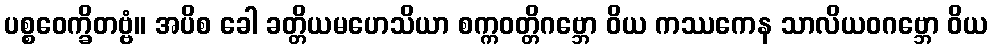
ပစ္စဝေက္ခိတဗ္ဗံ။ အပိစ ခေါ ခတ္တိယမဟေသိယာ စက္ကဝတ္တိဂဗ္ဘော ဝိယ ကဿကေန သာလိယဝဂဗ္ဘော ဝိယ